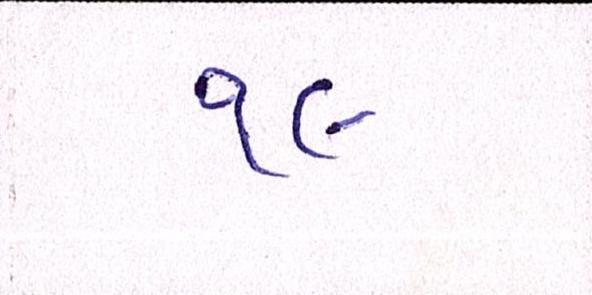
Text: ૧૯